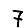
Digit: 7